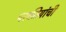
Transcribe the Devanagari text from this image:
परकीयांची